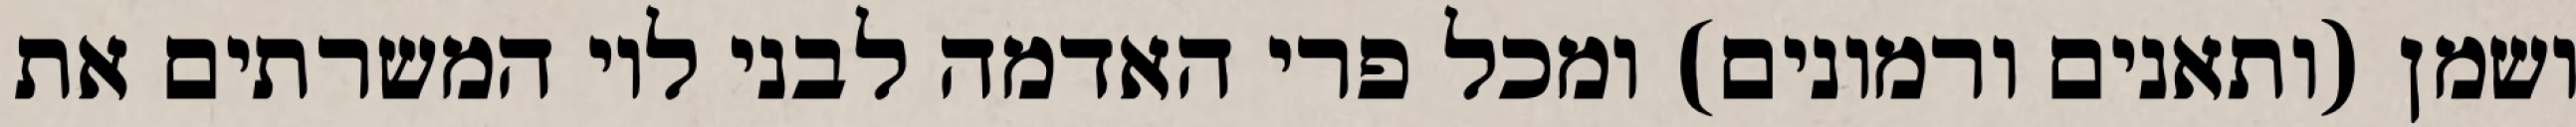
ושמן (ותאנים ורמונים) ומכל פרי האדמה לבני לוי המשרתים את